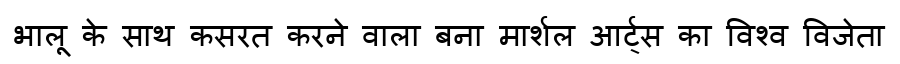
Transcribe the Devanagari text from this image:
भालू के साथ कसरत करने वाला बना मार्शल आर्ट्स का विश्व विजेता